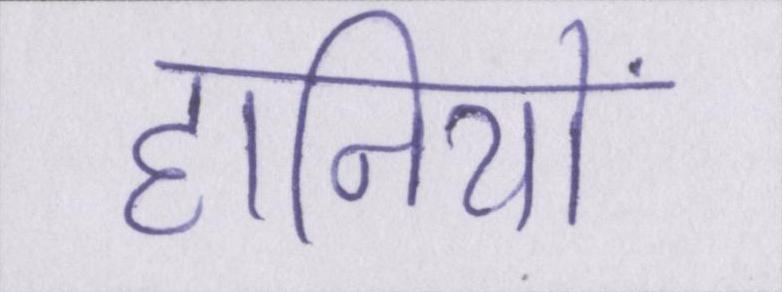
हानियों